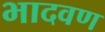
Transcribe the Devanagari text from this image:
भादवण